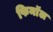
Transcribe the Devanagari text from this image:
फिनाॅल